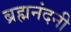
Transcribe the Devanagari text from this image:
ब्रह्मनंदनी